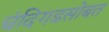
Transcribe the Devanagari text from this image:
चंदिगढसोबत